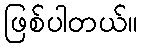
ဖြစ်ပါတယ်။